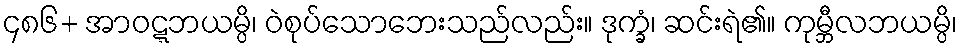
၄၈၆+ အာဝဋ္ဋဘယမ္ပိ၊ ဝဲစုပ်သောဘေးသည်လည်း။ ဒုက္ခံ၊ ဆင်းရဲ၏။ ကုမ္ဘီလဘယမ္ပိ၊